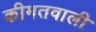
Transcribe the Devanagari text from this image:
कीमतवाली